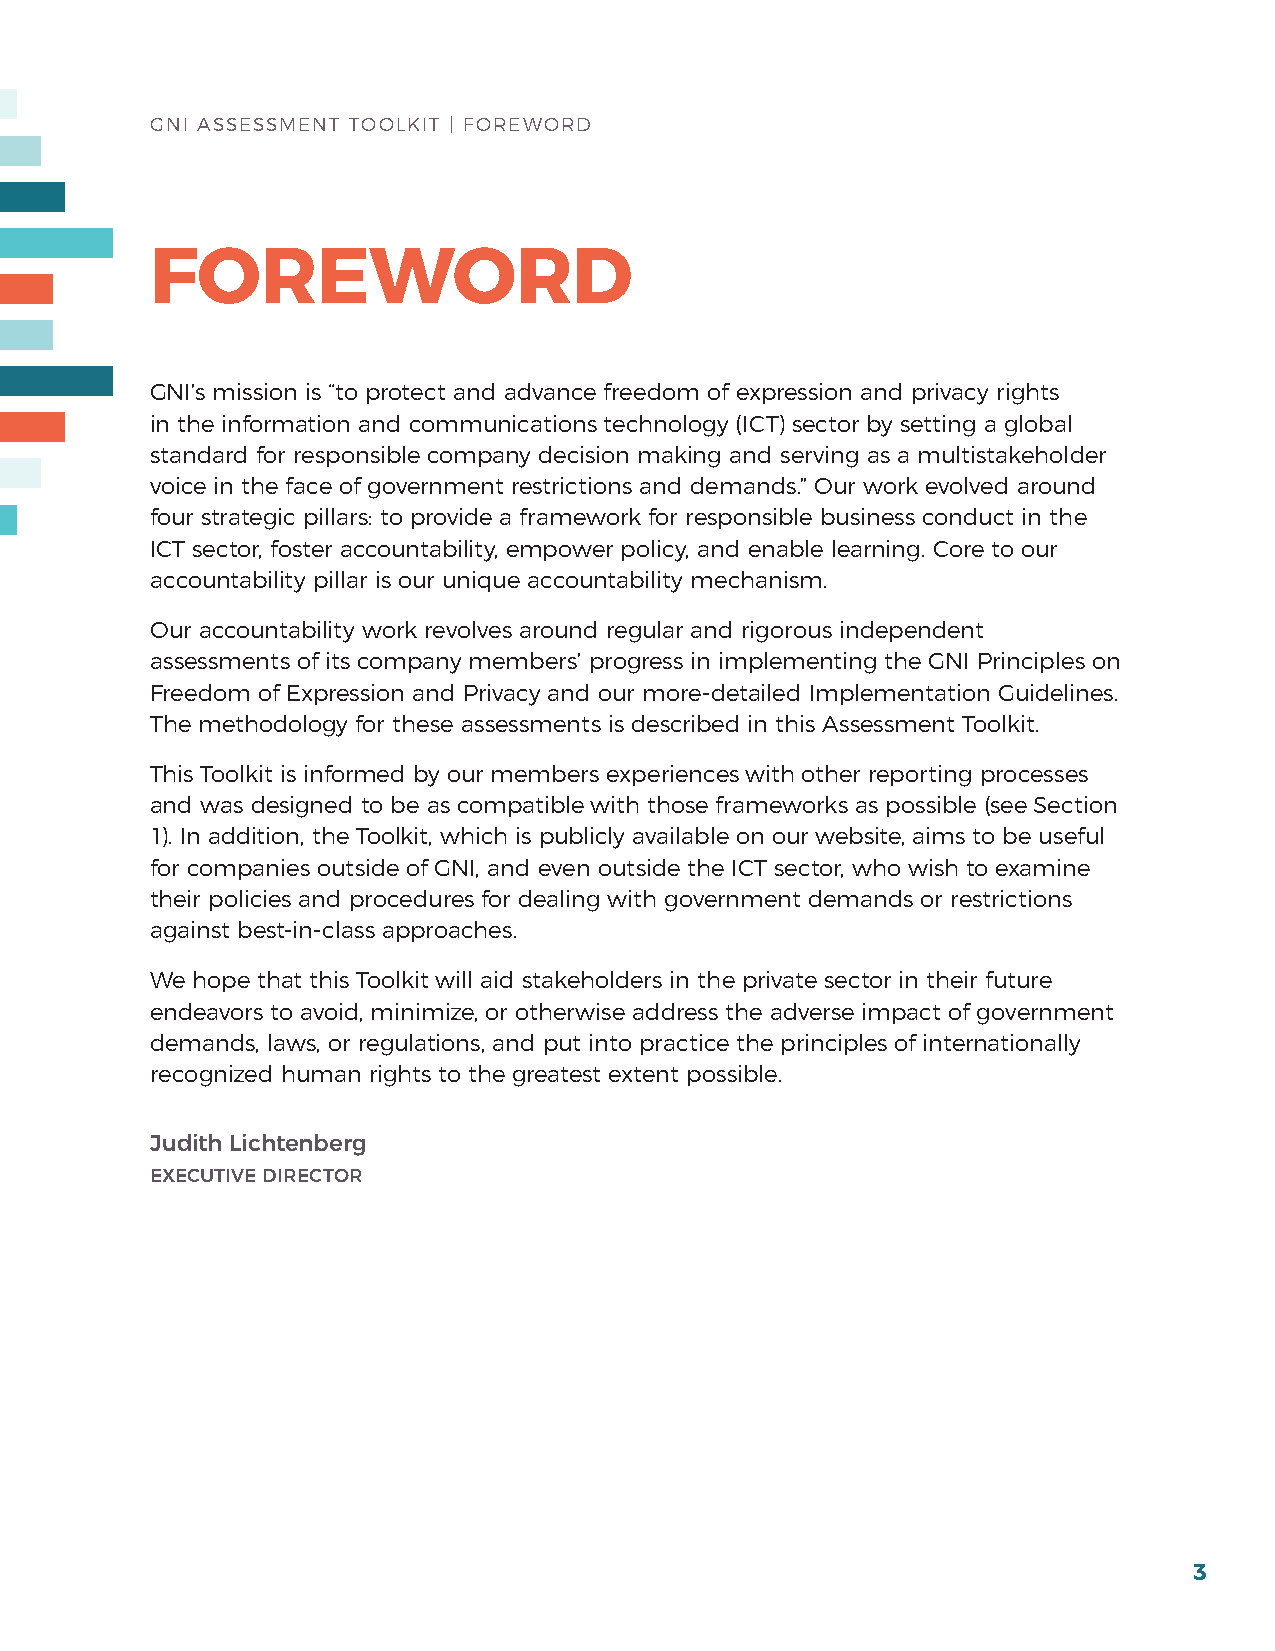
GNI ASSESSMENT TOOLKIT | fOrEWOrD
 FOREWORD
 GNI’s mission is “to protect and advance freedom of expression and privacy rights
 in the information and communications technology (ICT) sector by setting a global
 standard for responsible company decision making and serving as a multistakeholder
 voice in the face of government restrictions and demands.” Our work evolved around
 four strategic pillars: to provide a framework for responsible business conduct in the
 ICT sector, foster accountability, empower policy, and enable learning. Core to our
 accountability pillar is our unique accountability mechanism.
 Our accountability work revolves around regular and rigorous independent
 assessments of its company members’ progress in implementing the GNI Principles on
 freedom of Expression and Privacy and our more-detailed Implementation Guidelines.
 The methodology for these assessments is described in this Assessment Toolkit.
 This Toolkit is informed by our members experiences with other reporting processes
 and was designed to be as compatible with those frameworks as possible (see Section
 1). In addition, the Toolkit, which is publicly available on our website, aims to be useful
 for companies outside of GNI, and even outside the ICT sector, who wish to examine
 their policies and procedures for dealing with government demands or restrictions
 against best-in-class approaches.
 We hope that this Toolkit will aid stakeholders in the private sector in their future
 endeavors to avoid, minimize, or otherwise address the adverse impact of government
 demands, laws, or regulations, and put into practice the principles of internationally
 recognized human rights to the greatest extent possible.
 Judith Lichtenberg
 EXECUTIVE DIRECTOR
 3